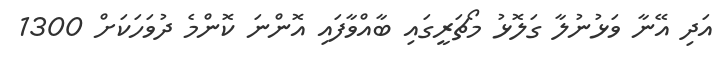
އަދި އޭނާ ވަޅުނުލާ ގަލޮޅު މޯޗަރީގައި ބާއްވާފައި އޮންނަ ކޮންމެ ދުވަހަކަށް 1300